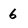
Character: 6